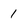
Character: 1